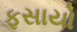
ફસાયો